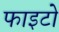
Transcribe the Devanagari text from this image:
फाइटो